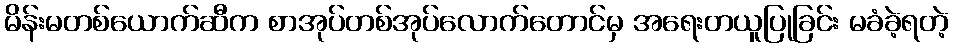
မိန်းမတစ်ယောက်ဆီက စာအုပ်တစ်အုပ်လောက်တောင်မှ အရေးတယူပြုခြင်း မခံခဲ့ရတဲ့